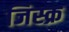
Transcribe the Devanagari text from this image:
जिस्क्र